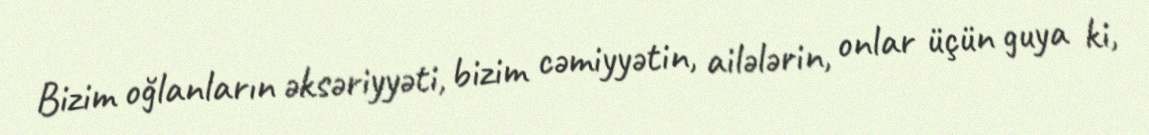
Bizim oğlanların əksəriyyəti, bizim cəmiyyətin, ailələrin, onlar üçün guya ki,